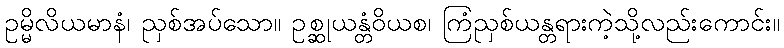
ဥမ္မိလိယမာနံ၊ ညှစ်အပ်သော။ ဥစ္ဆုယန္တံဝိယစ၊ ကြံညှစ်ယန္တရားကဲ့သို့လည်းကောင်း။